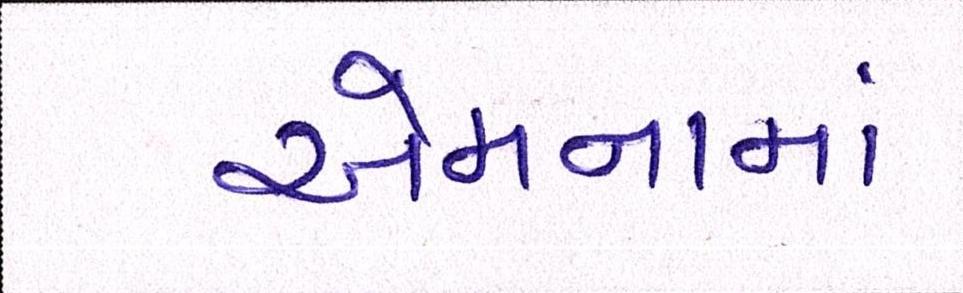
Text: એમનામાં